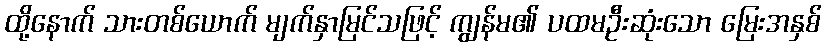
ထို့နောက် သားတစ်ယောက် မျက်နှာမြင်သဖြင့် ကျွန်မ၏ ပထမဦးဆုံးသော မြေးအနှစ်